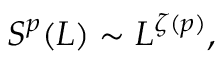
S ^ { p } ( L ) \sim L ^ { \zeta ( p ) } ,